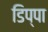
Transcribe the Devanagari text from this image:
डिप्पा